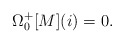
\begin{align*}\Omega_{0}^{+}[M](i) = 0.\end{align*}